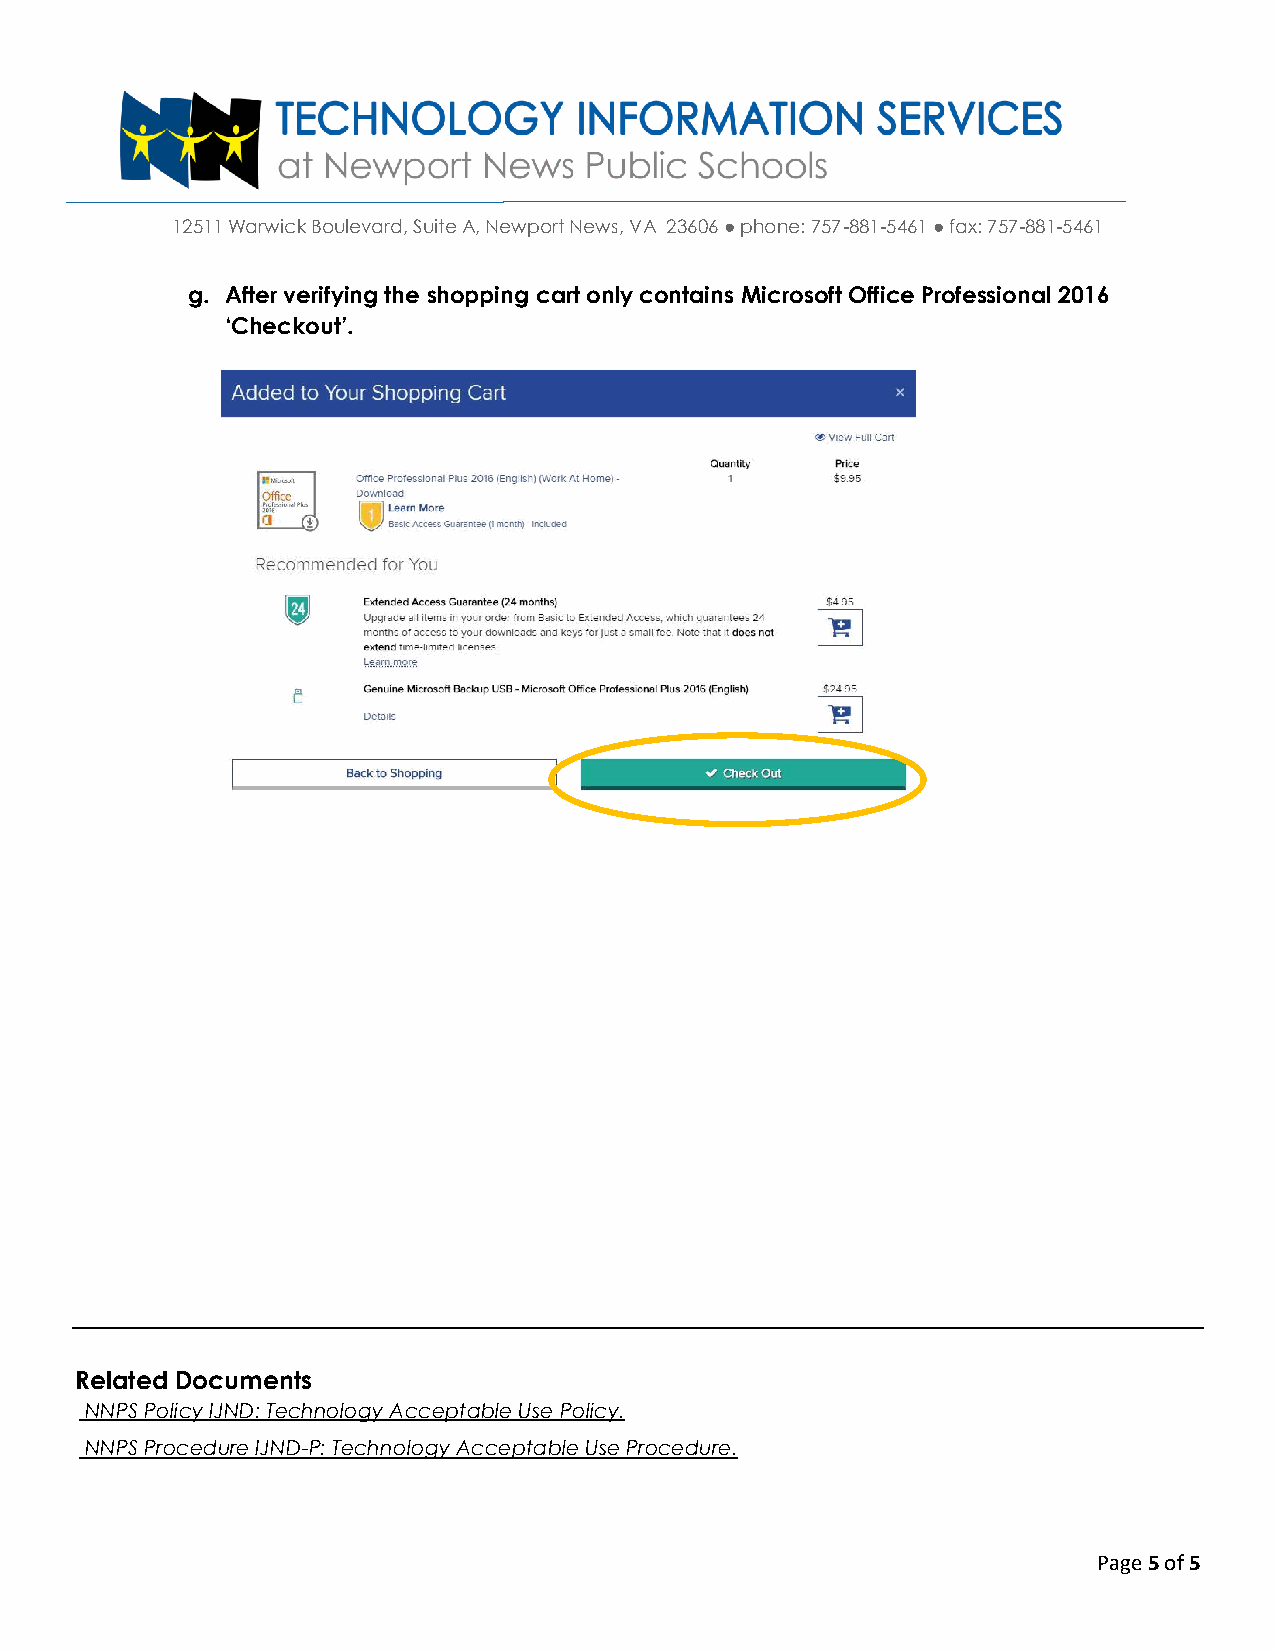
12511 Warwick Boulevard, Suite A, Newport News, VA 23606 ● phone: 757-881-5461 ● fax: 757-881-5461
 g. After verifying the shopping cart only contains Microsoft Office Professional 2016
 ‘Checkout’.
 Related Documents
 NNPS Policy IJND: Technology Acceptable Use Policy.
 NNPS Procedure IJND-P: Technology Acceptable Use Procedure.
 Page 5 of 5